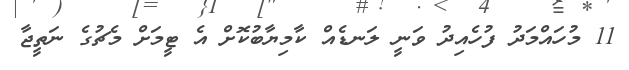
11 މުހައްމަދު ފުހެއިދު ވަނީ ލަނޑެއް ކާމިޔާބުކޮށް އެ ޓީމަށް މެޗުގެ ނަތީޖާ